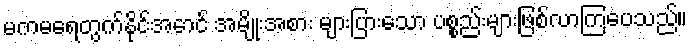
မကမရေတွက်နိုင်အောင် အမျိုးအစား များပြားသော ပစ္စည်းများဖြစ်လာကြပေသည်။